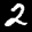
Label: 2